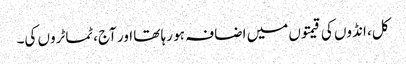
کل، انڈوں کی قیمتوں میں اضافہ ہو رہا تھا اور آج، ٹماٹروں کی۔